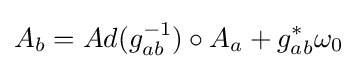
A_{b}=Ad(g_{ab}^{-1})\circ A_{a}+g_{ab}^{*}\omega _{0}